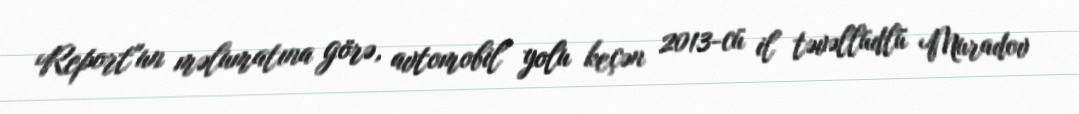
Report"un məlumatına görə, avtomobil yolu keçən 2013-cü il təvəllüdlü Muradov